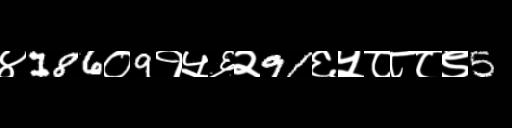
Text: ४186०9१५६२91६५८८८९5